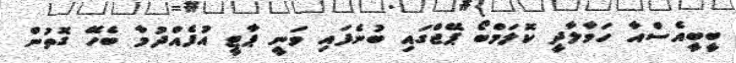
ބީބީއެސްއާ ހަވާލާދީ ކޮލަމްބޯ ޕޭޖްގައި ބުނެފައި ވަނީ ޕާޓީ އުފެއްދުމާ ބެހޭ ގޮތުން